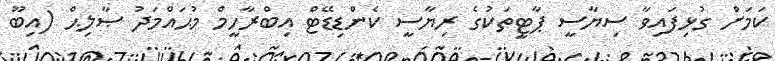
ކަމަށް ގުޅިފައިވާ ސިޔާސީ ޕާޓީތަކުގެ ރިޔާސީ ކެންޑިޑޭޓް އިބްރާހީމް މުޙައްމަދު ޞާލިޙް (އިބޫ